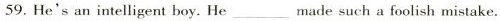
59. He's an intelligent boy. He ___ made such a foolish mistake.